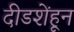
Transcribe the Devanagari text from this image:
दीडशेंहून